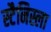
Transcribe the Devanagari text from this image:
स्टैनिस्ला